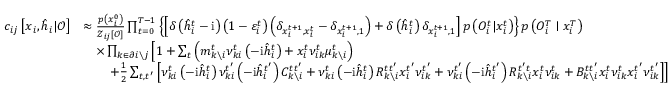
\begin{array} { r l } { c _ { i j } \left[ \boldsymbol { x } _ { i } , \hat { \boldsymbol { h } } _ { i } | \boldsymbol { \mathcal { O } } \right] } & { \approx \frac { p \left( x _ { i } ^ { 0 } \right) } { { \mathcal { Z } } _ { i j } [ \boldsymbol { \mathcal { O } } ] } \prod _ { t = 0 } ^ { T - 1 } \left\{ \left[ \delta \left( \hat { h } _ { i } ^ { t } - \mathrm { i } \right) \left( 1 - \varepsilon _ { i } ^ { t } \right) \left( \delta _ { x _ { i } ^ { t + 1 } , x _ { i } ^ { t } } - \delta _ { x _ { i } ^ { t + 1 } , 1 } \right) + \delta \left( \hat { h } _ { i } ^ { t } \right) \delta _ { x _ { i } ^ { t + 1 } , 1 } \right] p \left( { O } _ { i } ^ { t } | x _ { i } ^ { t } \right) \right\} p \left( { O } _ { i } ^ { T } \mid x _ { i } ^ { T } \right) } \\ & { \quad \times \prod _ { k \in \partial i \setminus j } \left[ 1 + \sum _ { t } \left( m _ { k \setminus i } ^ { t } \nu _ { k i } ^ { t } \left( - \mathrm { i } \hat { h } _ { i } ^ { t } \right) + x _ { i } ^ { t } \nu _ { i k } ^ { t } \mu _ { k \setminus i } ^ { t } \right) \right. } \\ & { \qquad \left. + \frac { 1 } { 2 } \sum _ { t , t ^ { \prime } } \left[ \nu _ { k i } ^ { t } \left( - \mathrm { i } \hat { h } _ { i } ^ { t } \right) \nu _ { k i } ^ { t ^ { \prime } } \left( - \mathrm { i } \hat { h } _ { i } ^ { t ^ { \prime } } \right) C _ { k \setminus i } ^ { t t ^ { \prime } } + \nu _ { k i } ^ { t } \left( - \mathrm { i } \hat { h } _ { i } ^ { t } \right) R _ { k \setminus i } ^ { t t ^ { \prime } } x _ { i } ^ { t ^ { \prime } } \nu _ { i k } ^ { t ^ { \prime } } + \nu _ { k i } ^ { t ^ { \prime } } \left( - \mathrm { i } \hat { h } _ { i } ^ { t ^ { \prime } } \right) R _ { k \setminus i } ^ { t ^ { \prime } t } x _ { i } ^ { t } \nu _ { i k } ^ { t } + B _ { k \setminus i } ^ { t t ^ { \prime } } x _ { i } ^ { t } \nu _ { i k } ^ { t } x _ { i } ^ { t ^ { \prime } } \nu _ { i k } ^ { t ^ { \prime } } \right] \right] } \end{array}